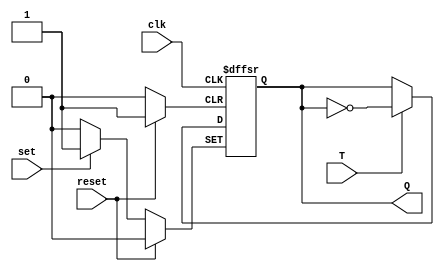
module tff (
    input wire T, //T input
    input wire reset, //reset input
    input wire set, //set input
    input wire clk, //clock input
    output reg Q //output  
);

always @(posedge clk, posedge reset, posedge set)
begin
    if (reset)
        Q <= 1'b0; //reset to 0
    else if (set)
        Q <= 1'b1; //set to 1
    else if (T)
        Q <= ~Q; //toggle on T input change from low to high
end

endmodule